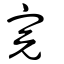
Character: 完